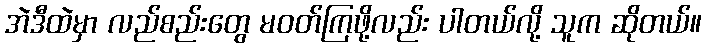
အဲဒီထဲမှာ လည်စည်းတွေ မဝတ်ကြဖို့လည်း ပါတယ်လို့ သူက ဆိုတယ်။